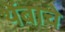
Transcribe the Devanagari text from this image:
थेंबाचे